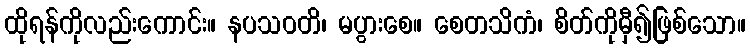
ထိုရန်ကိုလည်းကောင်း။ နပသဝတိ၊ မပွားစေ။ စေတသိကံ၊ စိတ်ကိုမှီ၍ဖြစ်သော။